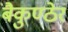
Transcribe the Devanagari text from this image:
बैकुण्ठेर